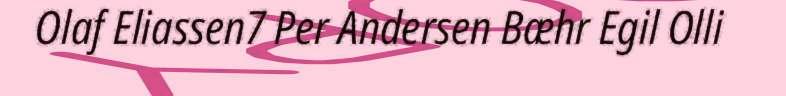
Olaf Eliassen7 Per Andersen Bæhr Egil Olli